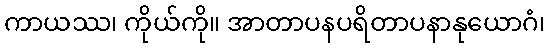
ကာယဿ၊ ကိုယ်ကို။ အာတာပနပရိတာပနာနုယောဂံ၊